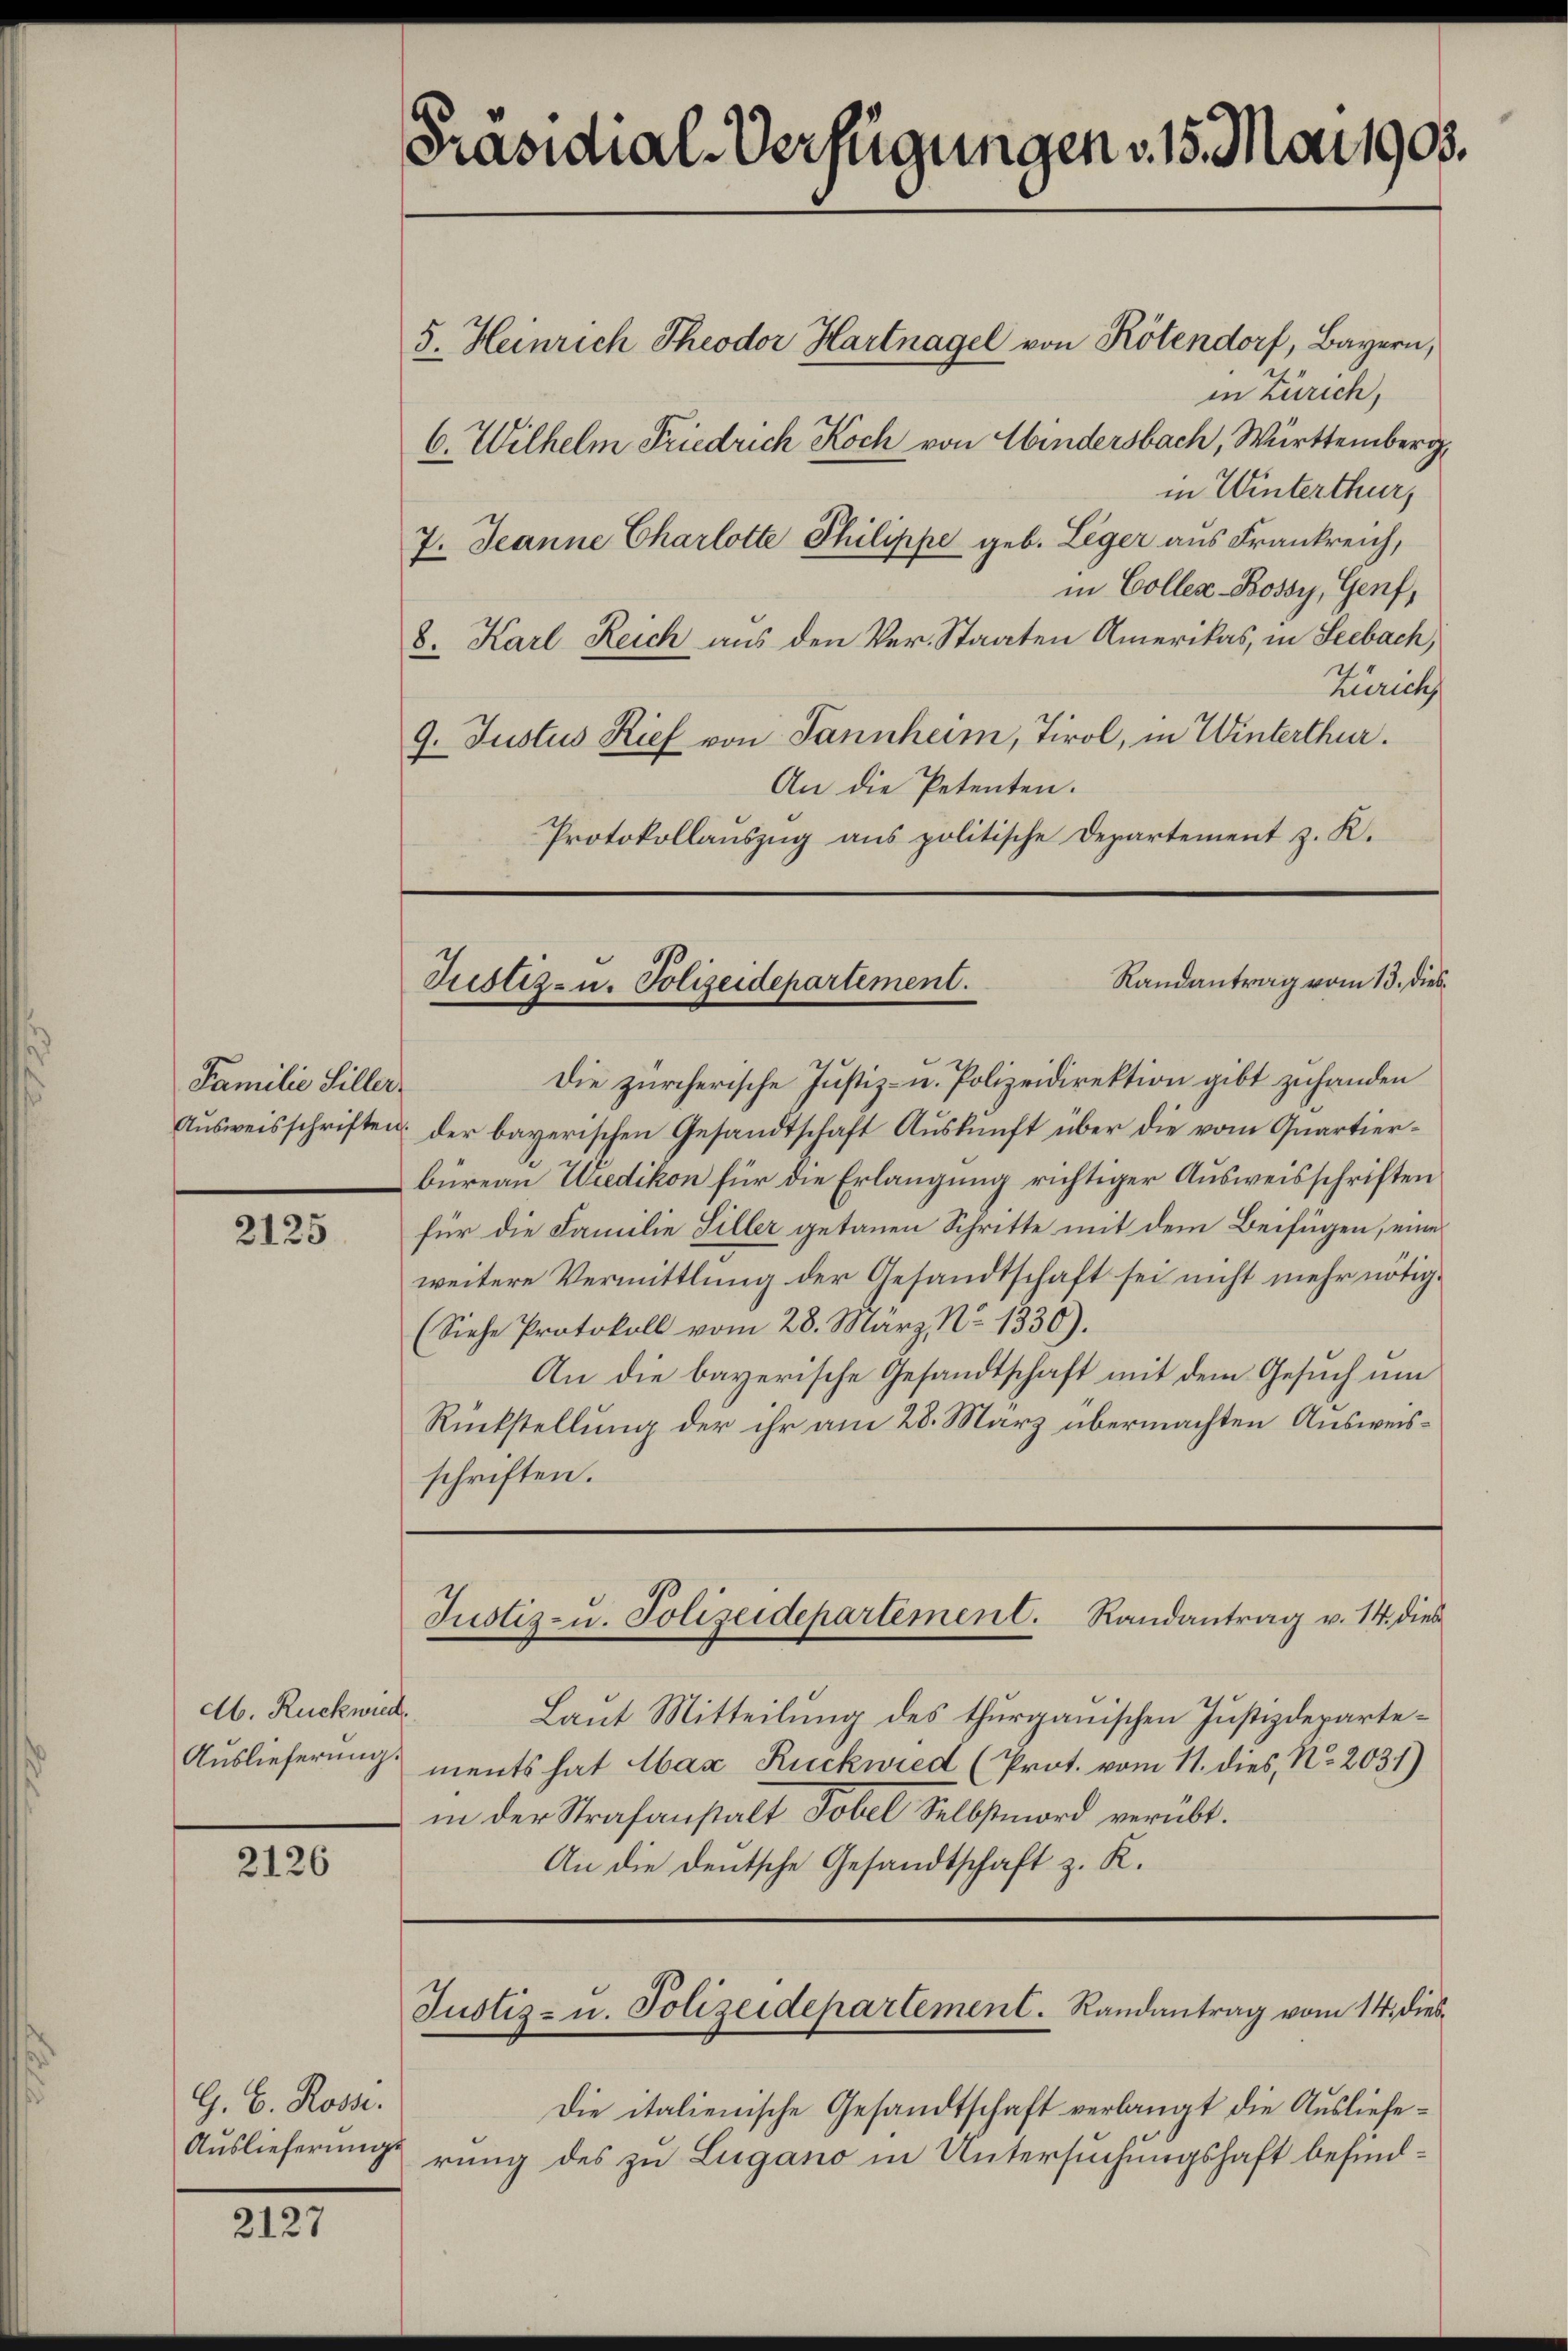
Familie Hiller

2125

Ab. Rückwied
Auslieferung.

2126

G. B. Rosse.
Auslieferunge

2127

Präsidial-Verfügungen v. 15. Mai 1905.
5. Heinrich Theodor Hartnagel von Kötendorf, Bayern,
in Zürich,
6. Wilhelm Friedrich Koch von Windersbach, Württemberg
in Winterthur,
7. Jeanne Charlotte Philippe geb. Leger aus Frankreich,

Randantrag vom 13. dies
Justiz- u. Polizeidepartement.

in Colles-Bossy, Genf,
8. Karl Reich aus den Ver- Staaten Amerikas, in Seebach,
Zürich
9. Justus Rief von Tannheim, Tirol, in Winterthur.
An die Petenten.
Protokollauszug aus politische Departement z. K.

Justiz- u. Polizeidepartement. Randantrag v. 14. dies

Die zürcherische Justiz- u. Polizeidirektion gibt zuhanden
Ausweisschriften der bayerischen Gesandtschaft Auskunft über die vom Quartierbüreau Wiedikon für die Erlangung richtiger Ausweisschriften
für die Familie Siller getanen Schritte mit dem Beifügen, eine
weitere Vermittlung der Gesandtschaft sei nicht mehr nötig¬
(Siehe Protokoll vom 28. März, No 1330).
An die bayerische Gesandtschaft mit dem Gesuch um
Rückstellung der ihr am 28. März übermachten Ausweisschriften.

Laut Mitteilung des thurgauischen Justizdepartements hat Max Ruckwied (Prot. vom 11. dies, No. 2031)
in der Strafanstalt Tobel Selbstmord verübt.
An die deutsche Gesandtschaft z. K.

Justiz- u. Polizeidepartement. Randantrag vom 14. Dieb¬

Die italienische Gesandtschaft verlangt die Auslieferung des zu Lugano in Untersuchungshaft befind¬